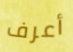
أعرف